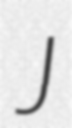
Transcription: J